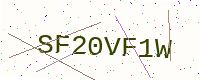
Text: SF20VF1W